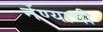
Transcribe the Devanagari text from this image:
नेंण्याची